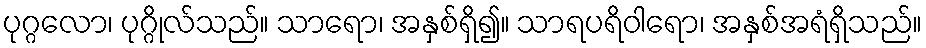
ပုဂ္ဂလော၊ ပုဂ္ဂိုလ်သည်။ သာရော၊ အနှစ်ရှိ၍။ သာရပရိဝါရော၊ အနှစ်အရံရှိသည်။